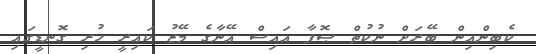
ކެބިންއިން ބޭރަށް ނުކުތް ޞޮފާ އައިސް އޭނާގެ މޭޒު ކައިރީ ހުރި ގޮނޑީގައި